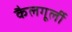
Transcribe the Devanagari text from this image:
कैलगूर्ली